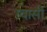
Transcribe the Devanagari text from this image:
ग्वासी